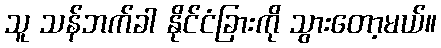
သူ သန်ဘက်ခါ နိုင်ငံခြားကို သွားတော့မယ်။